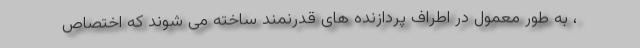
، به طور معمول در اطراف پردازنده های قدرنمند ساخته می شوند که اختصاص